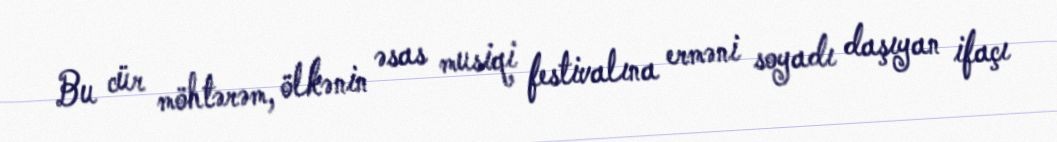
Bu cür möhtərəm, ölkənin əsas musiqi festivalına erməni soyadı daşıyan ifaçı